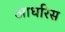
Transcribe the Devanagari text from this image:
आधरिस